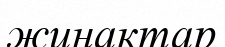
жинактар